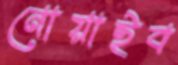
নোয়াইব